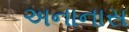
અનાનાસ